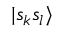
| s _ { k } s _ { l } \rangle